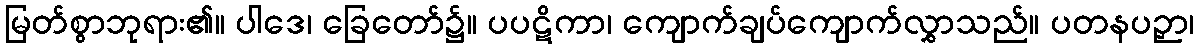
မြတ်စွာဘုရား၏။ ပါဒေ၊ ခြေတော်၌။ ပပဋိကာ၊ ကျောက်ချပ်ကျောက်လွှာသည်။ ပတနပဉှာ၊